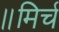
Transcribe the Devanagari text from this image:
॥मिर्च